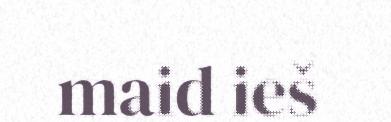
maid ieš